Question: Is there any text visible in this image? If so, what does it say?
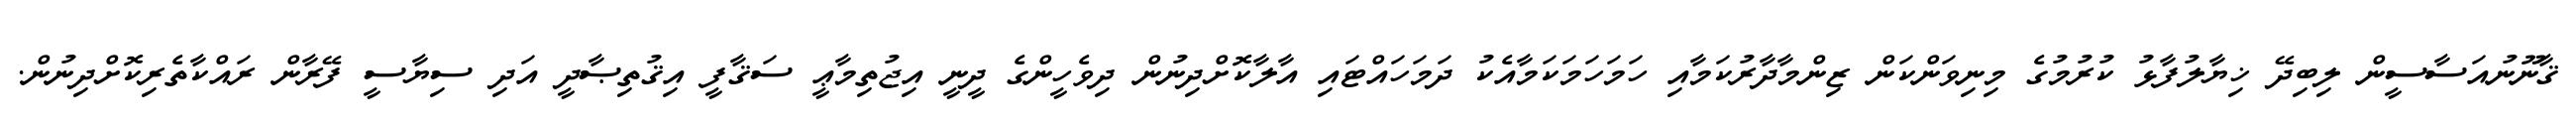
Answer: ޤާނޫނުއަސާސީން ލިބިދޭ ޚިޔާލުފާޅު ކުރުމުގެ މިނިވަންކަން ޒިންމާދާރުކަމާއި ހަމަހަމަކަމާއެކު ދަމަހައްޓައި އާލާކޮށްދިނުން ދިވެހީންގެ ދީނީ އިޖުތިމާޢީ ސަޤާފީ އިޤުތިޞާދީ އަދި ސިޔާސީ ފޭރާން ރައްކާތެރިކޮށްދިނުން.